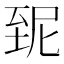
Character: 𦤽